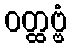
ဝတ္ထဗ္ဗံ